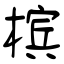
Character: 槟